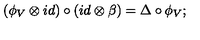
( \phi _ { V } \otimes i d ) \circ ( i d \otimes \beta ) = \Delta \circ \phi _ { V } ;